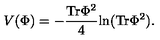
V ( \Phi ) = - { \frac { \mathrm { T r } \Phi ^ { 2 } } { 4 } } \mathrm { l n } ( \mathrm { T r } \Phi ^ { 2 } ) .